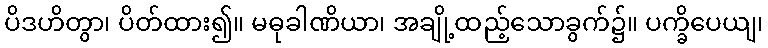
ပိဒဟိတွာ၊ ပိတ်ထား၍။ မဓုခါဏိယာ၊ အချို့ထည့်သောခွက်၌။ ပက္ခိပေယျ၊